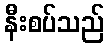
နီးစပ်သည်